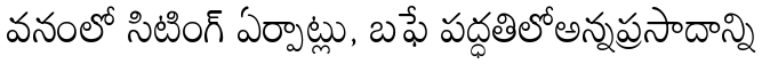
వనంలో సిటింగ్ ఏర్పాట్లు, బఫే పద్ధతిలోఅన్నప్రసాదాన్ని